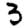
Digit: 3